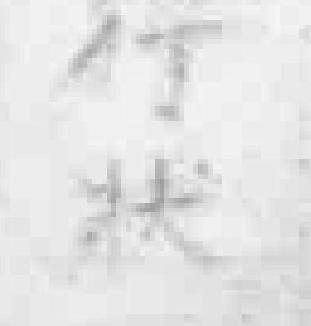
行狀